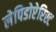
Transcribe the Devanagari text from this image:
लेपिडोप्टेरिस्ट